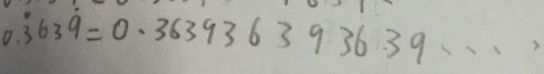
0 . \dot { 3 } 6 3 \dot { 9 } = 0 . 3 6 3 9 3 6 3 9 3 6 3 9 \cdots